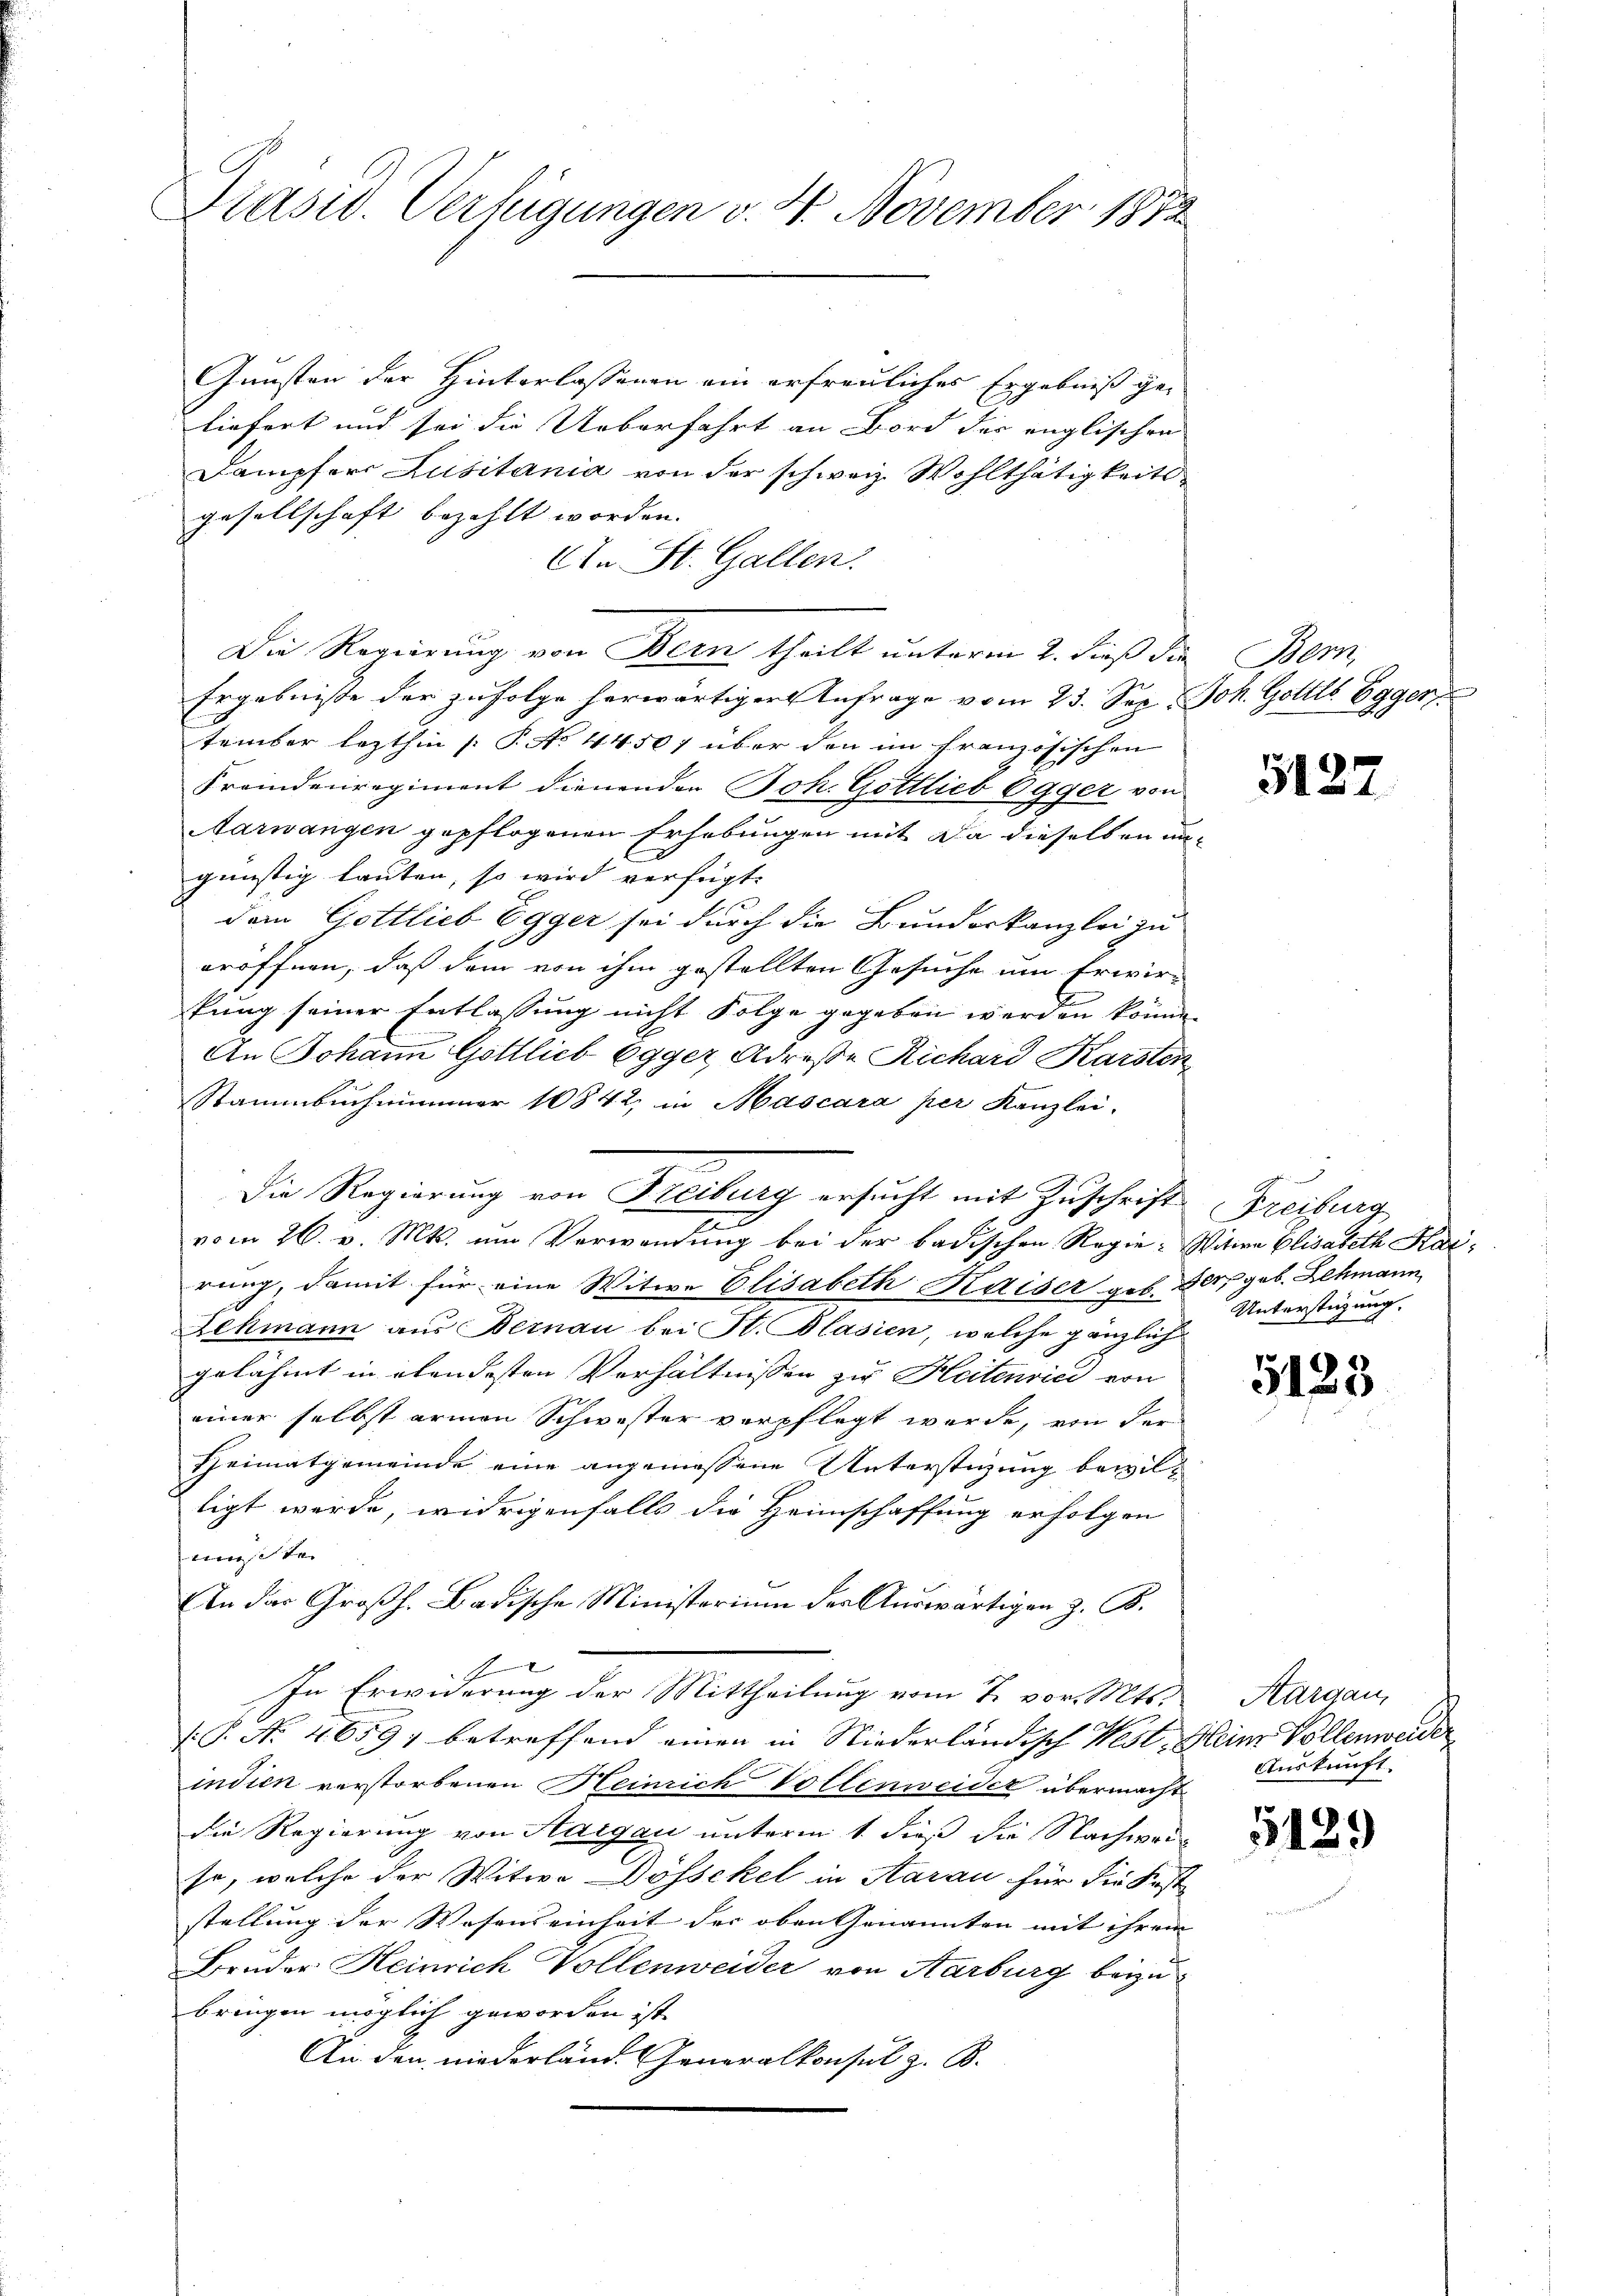
Präsid. Verfügungen v. 4. November 1882

Gunsten der Hinterlassenen ein erfreuliches Ergebniß ge-
liefert und sei die Ueberfahrt an Bord der englischen
Dampfers Lusitania von der schweiz. Wohlthätigkeits
gesellschaft bezahlt worden.
An St. Gallen.
Die Regierung von Bern theilt unterm 2. dieß die Bern,
Ergebniße der zufolge herwärtiger Anfrage vom 23. Sep. Joh. Gottls Egger
tember lezthin /: P. N. 44507 über den im französischen
Fremdenregiment dienenden Joh. Gottlieb Egger von
Aarwangen gepflogenen Erhebungen mit da dieselben un-
günstig lauten, so wird verfügt:
dem Gottlieb Egger sei durch die Bundeskanzlei zu
eröffnen, daß dem von ihm gestellten Gesuche um Erwirfung seiner Entlassung nicht Folge gegeben werden könne,
An Johann Göttlieb Egger, Adrese Richard Karsten
Stammbuchammer 10842, in Mascara per Kanzlei.
vom 26. v. Mts. um Verwendung bei der badischen Regie-Witwe Elisabeth Karrung, damit für eine Witwe Elisabeth Kaiser geb. Der, geb. Lehmann
Zehmann aus Bernau bei St. Blasien, welche gänzlich
gelähmt in elendesten Verhältnissen zu Heitenvic von
einer selbst armen Schwester verpflegt wurde, von der
Heimatgemeinde eine angemessene Unterstigung bewilligt werde, widrigenfalls die Heimschaffung erfolgen
muste
An das Großh. Badische Ministerium der Auswärtigen z. B.
G.
In Erwiderung der Mittheilung vom 7. vor. Mts.
.P. No. 4659, betreffend einen in Niederländisch West-Meine Vollenweider
indien verstorbenen Heinrich Vollenweider übermacht
die Regierung von Hargau unterm 1. dieß die Nachweiso, welche der Witwe Dössekel in Aarau für die Kost
stellung der Wesenseinheit der oben Genannten mit ihrem |
Brüder Heinrich Vollenweider von Aarburg beyzubringen möglich geworden ist.
An den niederländ. Generalkonsul z. B.

Die Regierung von Freiburg ersucht mit Zuschrift Freiburg
2

5127

Unterstüzung.

5125

Aargau,
Auskunft.

5129